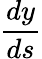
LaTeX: \frac{dy}{ds}